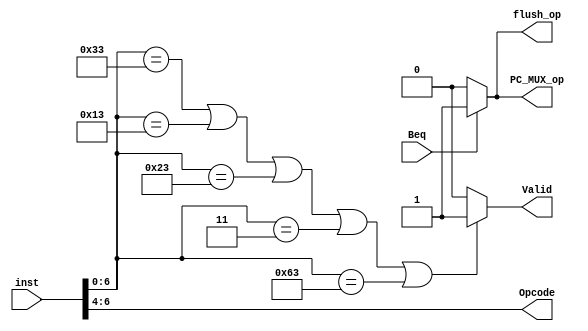
module Control(
	inst,//input
	Beq,//input: Came from the wire from ID/EX
	flush_op,//output: go to IF/ID buffer
	Opcode,//output: go to ID/EX buffer
	Valid,//output: go to ID/EX buffer
	PC_MUX_op//output: go to PC Mux
);
input Beq;
input [31:0]inst;
output flush_op;
output [2:0]Opcode;
output Valid,PC_MUX_op;
wire [6:0] Op;
assign flush_op = (Beq == 1)? 1:0;
assign PC_MUX_op = (Beq == 1)? 1:0;
assign Op = inst[6:0];

assign Opcode = inst[6:4];

assign Valid = (Op == 7'b0110011 || Op == 7'b0010011 || Op == 7'b0100011 || Op == 7'b0000011 || Op == 7'b1100011)? 1:0;

endmodule